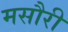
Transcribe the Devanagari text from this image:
मसौरी